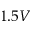
1 . 5 V